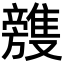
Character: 𣄥